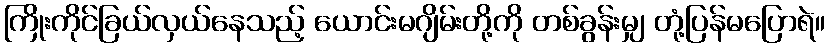
ကြိုးကိုင်ခြယ်လှယ်နေသည့် ယောင်းမဂျိမ်းတို့ကို တစ်ခွန်းမျှ တုံ့ပြန်မပြောရဲ။